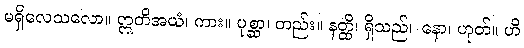
မရှိလေသလော။ ဣတိအယံ၊ ကား။ ပုစ္ဆာ၊ တည်း။ နတ္ထိ၊ ရှိသည်။ နော၊ ဟုတ်။ ဟိ